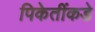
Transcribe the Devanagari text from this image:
पिकेतींकडे